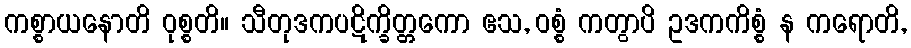
ကစ္စာယနောတိ ဝုစ္စတိ။ သီတုဒကပဋိက္ခိတ္တကော ဧသ, ဝစ္စံ ကတွာပိ ဥဒကကိစ္စံ န ကရောတိ,